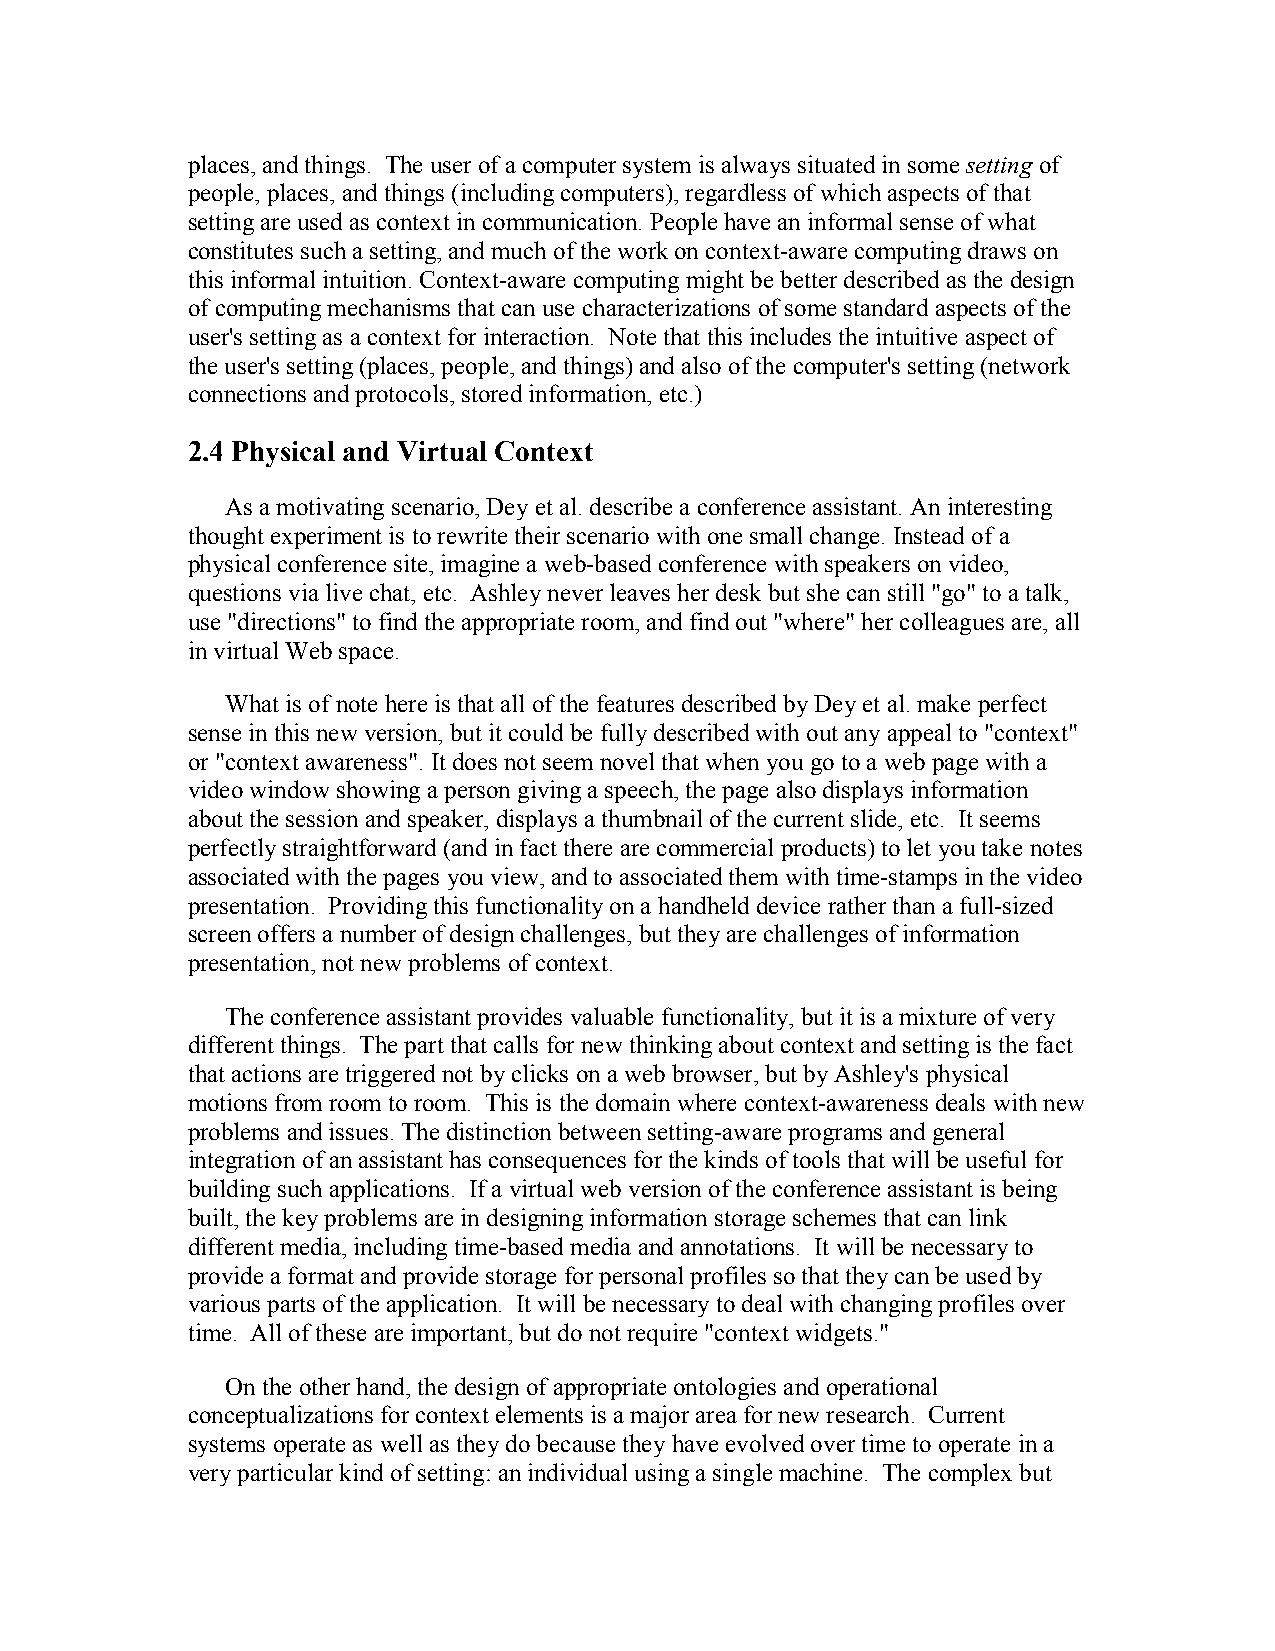
places, and things. The user of a computer system is always situated in some setting of
 people, places, and things (including computers), regardless of which aspects of that
 setting are used as context in communication. People have an informal sense of what
 constitutes such a setting, and much of the work on context-aware computing draws on
 this informal intuition. Context-aware computing might be better described as the design
 of computing mechanisms that can use characterizations of some standard aspects of the
 user's setting as a context for interaction. Note that this includes the intuitive aspect of
 the user's setting (places, people, and things) and also of the computer's setting (network
 connections and protocols, stored information, etc.)
 2.4 Physical and Virtual Context
 As a motivating scenario, Dey et al. describe a conference assistant. An interesting
 thought experiment is to rewrite their scenario with one small change. Instead of a
 physical conference site, imagine a web-based conference with speakers on video,
 questions via live chat, etc. Ashley never leaves her desk but she can still "go" to a talk,
 use "directions" to find the appropriate room, and find out "where" her colleagues are, all
 in virtual Web space.
 What is of note here is that all of the features described by Dey et al. make perfect
 sense in this new version, but it could be fully described with out any appeal to "context"
 or "context awareness". It does not seem novel that when you go to a web page with a
 video window showing a person giving a speech, the page also displays information
 about the session and speaker, displays a thumbnail of the current slide, etc. It seems
 perfectly straightforward (and in fact there are commercial products) to let you take notes
 associated with the pages you view, and to associated them with time-stamps in the video
 presentation. Providing this functionality on a handheld device rather than a full-sized
 screen offers a number of design challenges, but they are challenges of information
 presentation, not new problems of context.
 The conference assistant provides valuable functionality, but it is a mixture of very
 different things. The part that calls for new thinking about context and setting is the fact
 that actions are triggered not by clicks on a web browser, but by Ashley's physical
 motions from room to room. This is the domain where context-awareness deals with new
 problems and issues. The distinction between setting-aware programs and general
 integration of an assistant has consequences for the kinds of tools that will be useful for
 building such applications. If a virtual web version of the conference assistant is being
 built, the key problems are in designing information storage schemes that can link
 different media, including time-based media and annotations. It will be necessary to
 provide a format and provide storage for personal profiles so that they can be used by
 various parts of the application. It will be necessary to deal with changing profiles over
 time. All of these are important, but do not require "context widgets."
 On the other hand, the design of appropriate ontologies and operational
 conceptualizations for context elements is a major area for new research. Current
 systems operate as well as they do because they have evolved over time to operate in a
 very particular kind of setting: an individual using a single machine. The complex but